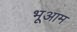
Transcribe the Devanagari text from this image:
भूआम